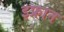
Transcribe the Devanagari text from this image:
इफ्रान